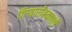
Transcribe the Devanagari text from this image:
गिऱ्यारोहकाशी